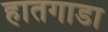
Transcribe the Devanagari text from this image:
हातगाडा